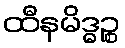
ထီနမိဒ္ဓဉ္စ